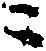
ニ